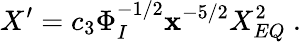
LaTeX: X^{\prime}=c_{3}\Phi_{I}^{-1/2}\mathbf{x}^{-5/2}X_{EQ}^{2}\ .